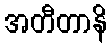
အတီတာနိ